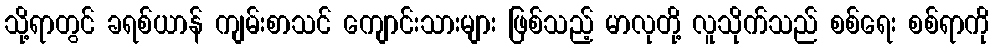
သို့ရာတွင် ခရစ်ယာန် ကျမ်းစာသင် ကျောင်းသားများ ဖြစ်သည့် မာလုတို့ လူသိုက်သည် စစ်ရေး စစ်ရာကို